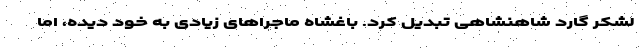
لشکر گارد شاهنشاهی تبدیل کرد. باغشاه ماجراهای زیادی به خود دیده، اما